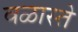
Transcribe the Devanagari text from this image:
वळास्ते